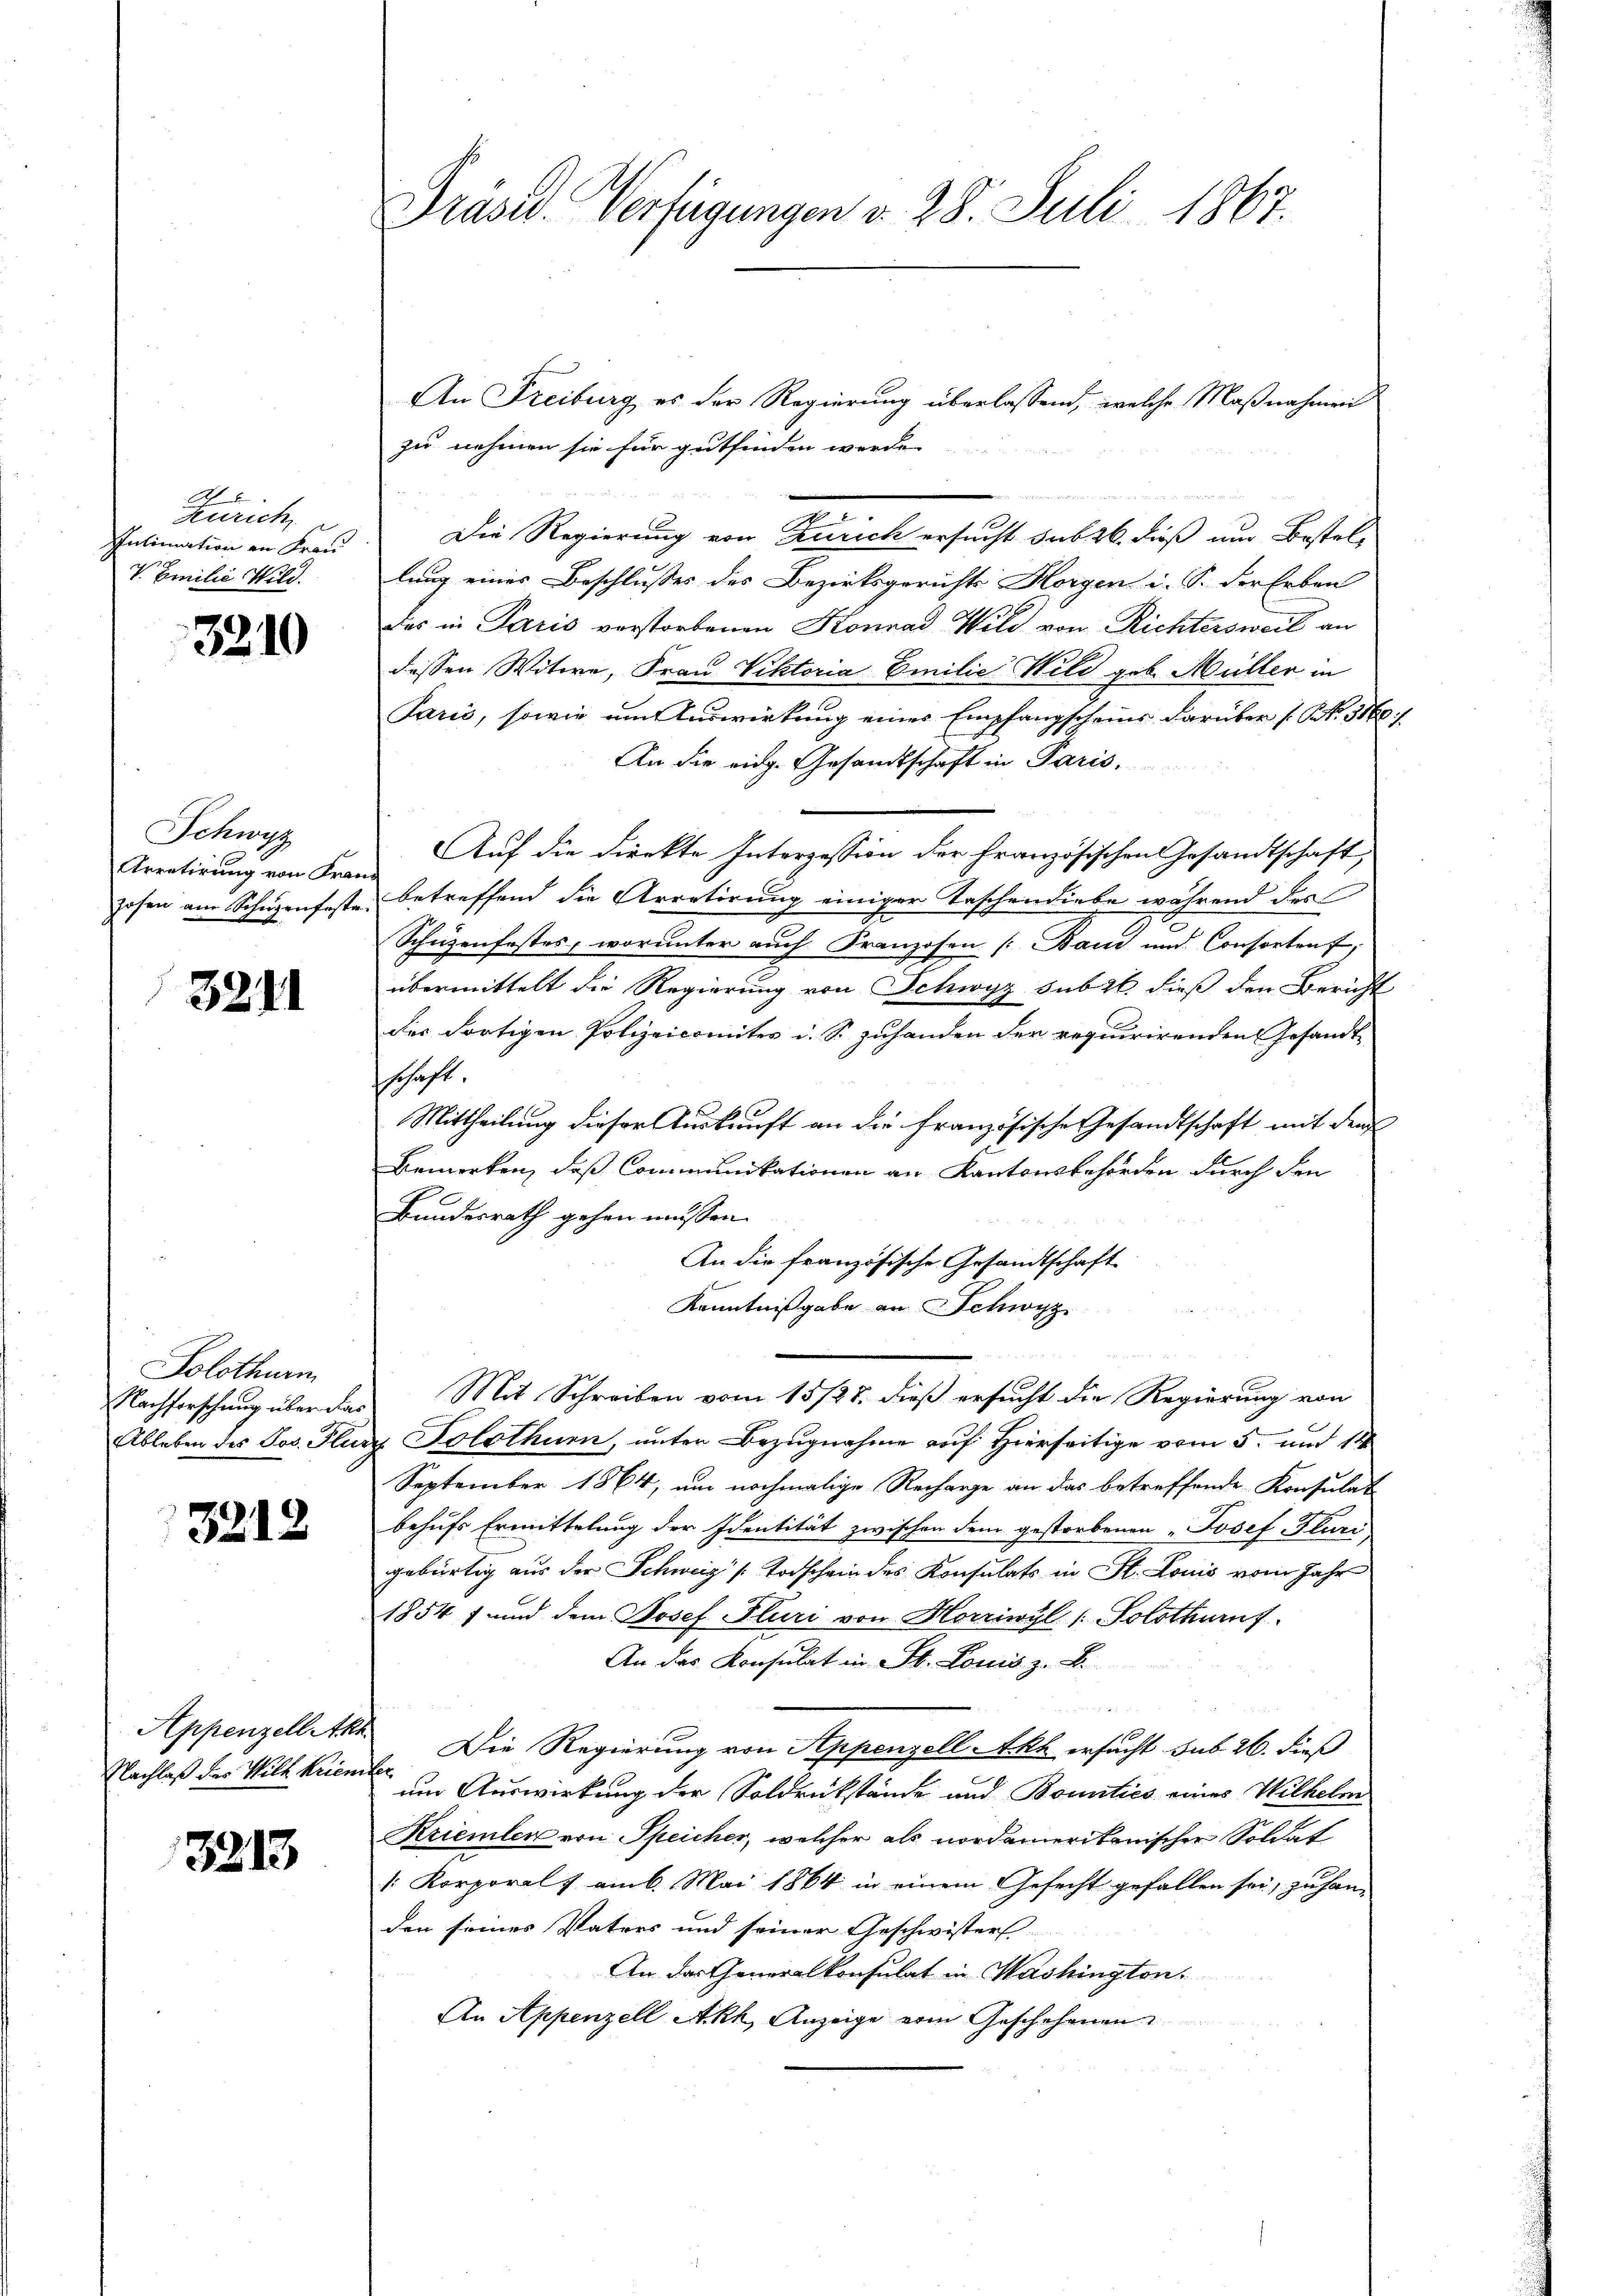
A
zurich
Intimation an Frau
V. Emilie Wild.

3210

Schwyz
Arretirung von Franz

3211

Solothurm

3212

Appenzell Ake
Nachlaß der Will kriem

3213

Präsid. Verfügungen d. 28. Juli 1867.

An Freiburg es der Regierung überlassend, welche Maßnahmen
zu nehmen sie für gutfinden werde.
Die Regierung von Zürich ersucht sub 26 dieß um Bestellung eines Beschlusses des Bezirksgerichts Horgen i. S. der Erben
Der in Paris verstorbenen Konrad Wild von Richtersweil an
dessen Witwe, Frau Viktoria Emilie Wild geb. Müller in
Paris, sowie um Auswirkung eines Empfangscheins darüber (S. 5166
An die eidg. Gesandtschaft in Paris,
Auf die Direkte Interpession der Französischen Gesandtschaft
zosen am Schüzenfeste, betreffend die Arretirung einiger Taschendiebe während des
Schüzenfestes, worunter auch Franzosen (Band und Consortenf;
übermittelt die Regierung von Schwyz sub 26. dieß den Bericht
der Fortigen Polizeicomiter i. S. zuhanden der requirirenden Gesandtschaft.
Mittheilung dieser Auskunft an die französische Gesandtschaft mit dem
Bemerken, daß Communikationen an Kantonsbehörden durch den
Bundesrath gehen müssen.
An die französische Gesandtschaft
Kenntnißgabe an Schwyz
Nachforschung über das Mit Schreiben vom 15/25. dieß ersucht die Regierung von
Ableben des Jos. Flury Solothurn, unter Bezugnahme auf Hierseitige vom 5. und 18
September 1864, um nochmalige Recharge an das betreffende Konsulat
behufs Ermittelung der Identität zwischen dem gestorbenen „Josef Fluri,
gebürtig aus der Schweiz s. Todschein des Konsulats in St. Louis vom Jahr
1854 f und dem Josef Fluri von Horriwyl (Solothurnf
An das Konsulat in St. Louis z. B.

Die Regierung von Appenzell-Akt ersucht sub 26. dieß
fe
um Auswirkung der Soldrückstände und Bonitico eines Wilhelm
Kriemler von Speicher, welcher als nordamerikanischer Soldat
1: Korporels am 6. Mai 1864 in einem Gefecht gefallen sei, zu han-
den seines Vaters und seiner Geschwisters
An das Generalkonsulat in Washington.
An Appenzell Ackh, Anzeige vom Geschehenen